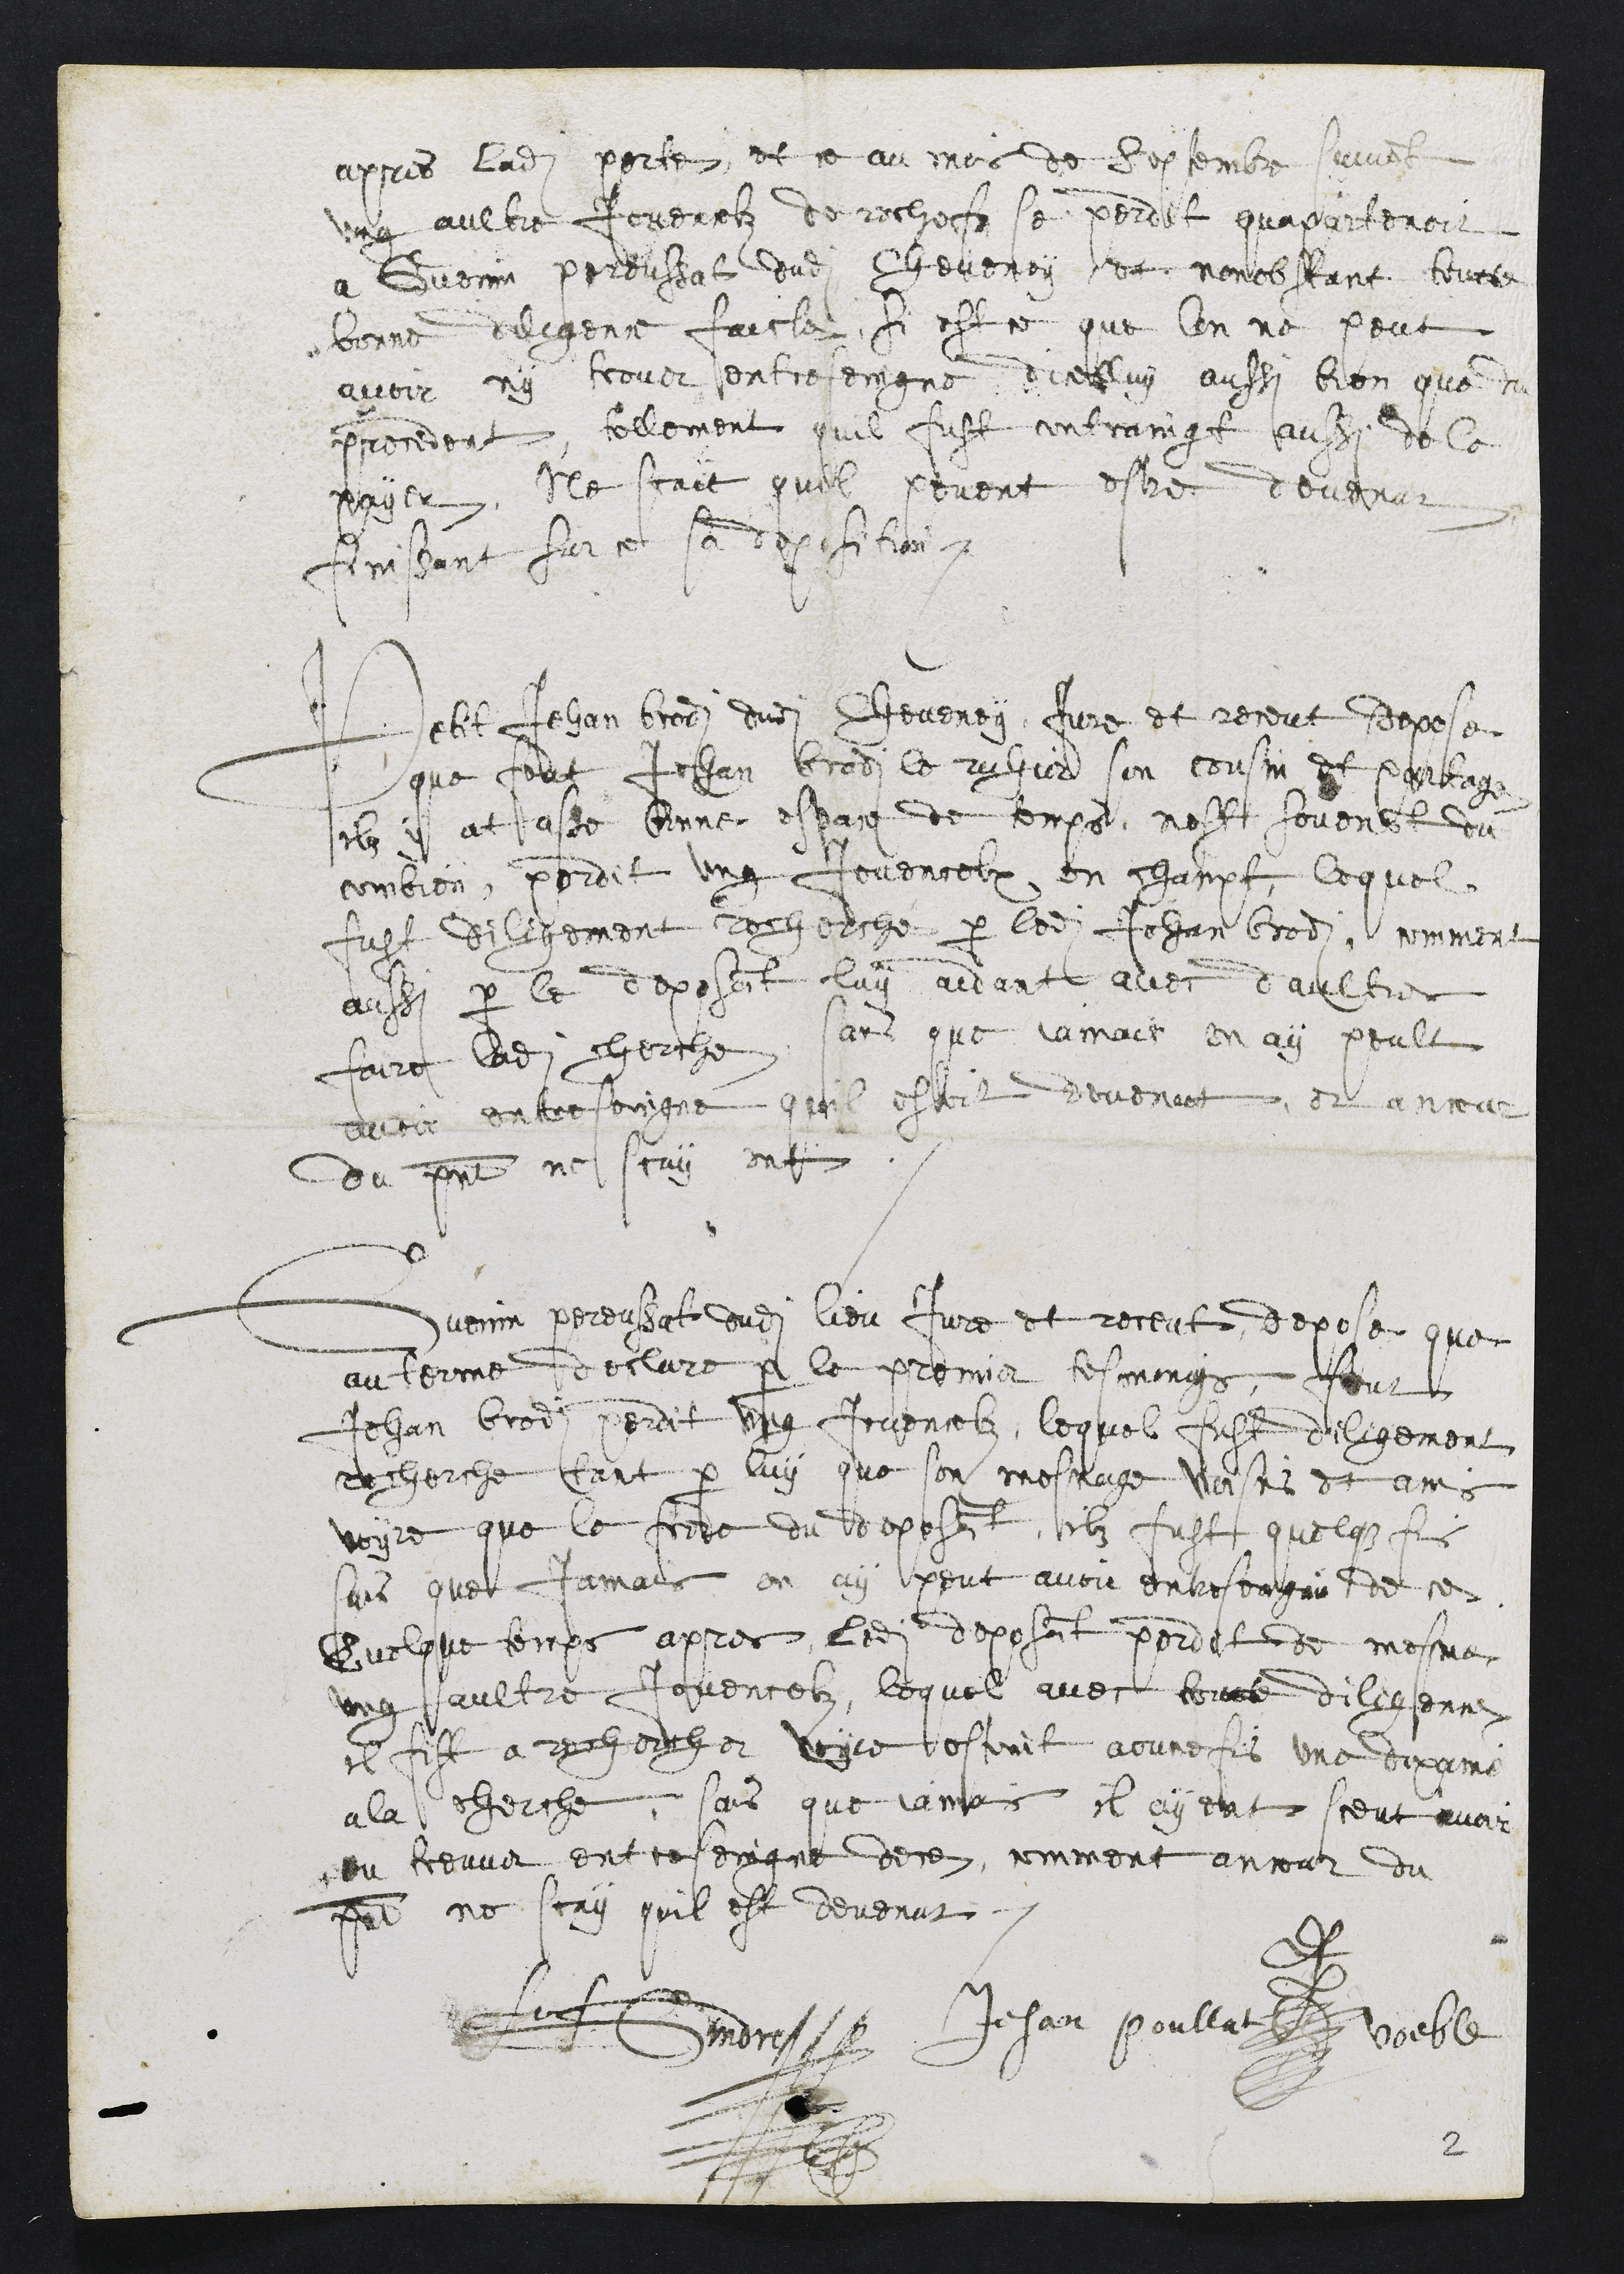
apres ladite perte, et ce au mois de Septembre suivant
ung aultre Jovencelz de rechefz se perdit quapartenoit
a Guenin peroussat dudit Cheveney, et nonobstant toutte
bonne diligence faicte, si est ce que lon ne peut
avoir ny trover entreseingne dicelluy aussi bien que du
precedent, tellement quil fust contraingt aussy de le
payer, Ne scait quil povent estre devenut
Finissant sur ce sa deposition.
Petit Jehan brodi dudit Cheveney, Jure et receut depose
que feut Jehan brodi le ruhier son cousin et partage
ilz y at asse bonne espace de temps, nest souvenant du
combien, perdit ung jovencelx en champt, lequel
fust diligement recherche par ledit Jehan brodi, comment
aussi par le deposant luy aidant avec daultre
faire ladite cherche, sans que jamais en ay peult
avoir entresoingne quil estoit devenut et ancour
du present ne scay ont
Guenin Pereussat dudit lieu Jure et receut, depose que
au terme declare par le premier tesmoings, feut
Jehan brodi perdit ung Jovencelz, lequel fust diligement
recherche tant par luy que son mesnage voisins et amis
voyre que le frere du deposant, ilz fust quelque fois
sans que jamais en ay peut avoir entreseigne de ce.
Quelque temps apres, ledit deposant perdit de mesme
ung aultre Jovencelz, lequel avec toute diligence
il fist a rechercher voyre estoint acunesfois une dixaine
a la cherche, sans que jamais il ayent sceut avoir
eu treuver entreseingne dece, comment ancour du
present ne scay quil est devenut.
Jehan poullat, voeble
H Gindre
2